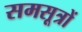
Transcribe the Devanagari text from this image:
समसूत्रों